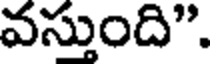
వస్తుంది".